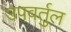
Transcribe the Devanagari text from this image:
उपवर्तुल